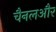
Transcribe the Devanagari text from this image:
चैनलऔर